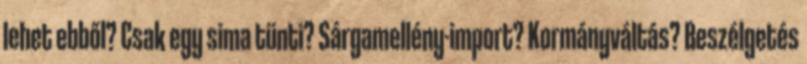
lehet ebből? Csak egy sima tünti? Sárgamellény-import? Kormányváltás? Beszélgetés